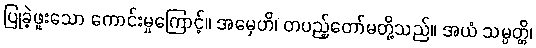
ပြုခဲ့ဖူးသော ကောင်းမှုကြောင့်။ အမှေဟိ၊ တပည့်တော်မတို့သည်။ အယံ သမ္ပတ္တိ၊